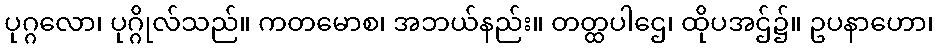
ပုဂ္ဂလော၊ ပုဂ္ဂိုလ်သည်။ ကတမောစ၊ အဘယ်နည်း။ တတ္ထပါဌေ၊ ထိုပအဌ်၌။ ဥပနာဟော၊